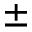
\pm